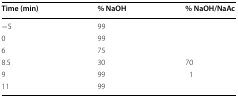
<table><thead><tr><td><b>Time (min)</b></td><td><b>% NaOH</b></td><td><b>% NaOH/NaAc</b></td></tr></thead><tbody><tr><td>−5</td><td>99</td><td>[EMPTY_CELL]</td></tr><tr><td>0</td><td>99</td><td>[EMPTY_CELL]</td></tr><tr><td>6</td><td>75</td><td>[EMPTY_CELL]</td></tr><tr><td>8.5</td><td>30</td><td>70</td></tr><tr><td>9</td><td>99</td><td>1</td></tr><tr><td>11</td><td>99</td><td>[EMPTY_CELL]</td></tr></tbody></table>